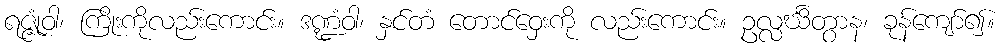
ရဇ္ဇုံဝါ၊ ကြိုးကိုလည်းကောင်း။ ဒဏ္ဍံဝါ၊ နှင်တံ တောင်ဝှေးကို လည်းကောင်း။ ဥလ္လင်္ဃိတွာန၊ ခုန်ကျော်၍။